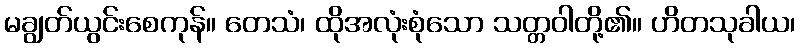
မချွတ်ယွင်းစေကုန်။ တေသံ၊ ထိုအလုံးစုံသော သတ္တဝါတို့၏။ ဟိတသုခါယ၊